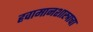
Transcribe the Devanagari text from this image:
हवामानशास्त्राचा